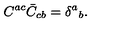
C ^ { a c } \bar { C } _ { c b } = \delta ^ { a } { } _ { b } .